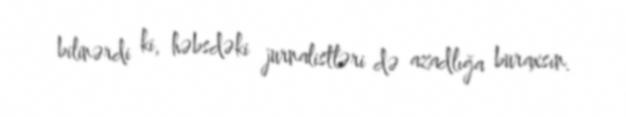
bilinərdi ki, həbsdəki jurnalistləri də azadlığa buraxsın.